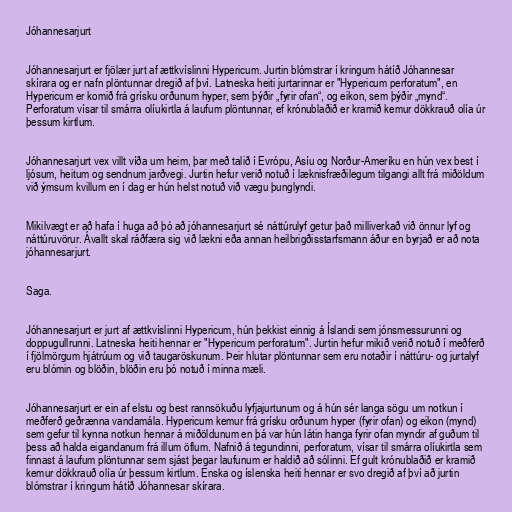
Jóhannesarjurt

Jóhannesarjurt er fjölær jurt af ættkvíslinni Hypericum. Jurtin blómstrar í kringum hátíð Jóhannesar
skírara og er nafn plöntunnar dregið af því. Latneska heiti jurtarinnar er "Hypericum perforatum", en
Hypericum er komið frá grísku orðunum hyper, sem þýðir „fyrir ofan“, og eikon, sem þýðir „mynd“.
Perforatum vísar til smárra olíukirtla á laufum plöntunnar, ef krónublaðið er kramið kemur dökkrauð olía úr
þessum kirtlum.

Jóhannesarjurt vex villt víða um heim, þar með talið í Evrópu, Asíu og Norður-Ameríku en hún vex best í
ljósum, heitum og sendnum jarðvegi. Jurtin hefur verið notuð í læknisfræðilegum tilgangi allt frá miðöldum
við ýmsum kvillum en í dag er hún helst notuð við vægu þunglyndi.

Mikilvægt er að hafa í huga að þó að jóhannesarjurt sé náttúrulyf getur það milliverkað við önnur lyf og
náttúruvörur. Ávallt skal ráðfæra sig við lækni eða annan heilbrigðisstarfsmann áður en byrjað er að nota
jóhannesarjurt.

Saga.

Jóhannesarjurt er jurt af ættkvíslinni Hypericum, hún þekkist einnig á Íslandi sem jónsmessurunni og
doppugullrunni. Latneska heiti hennar er "Hypericum perforatum". Jurtin hefur mikið verið notuð í meðferð
í fjölmörgum hjátrúum og við taugaröskunum. Þeir hlutar plöntunnar sem eru notaðir í náttúru- og jurtalyf
eru blómin og blöðin, blöðin eru þó notuð í minna mæli.

Jóhannesarjurt er ein af elstu og best rannsökuðu lyfjajurtunum og á hún sér langa sögu um notkun í
meðferð geðrænna vandamála. Hypericum kemur frá grísku orðunum hyper (fyrir ofan) og eikon (mynd)
sem gefur til kynna notkun hennar á miðöldunum en þá var hún látin hanga fyrir ofan myndir af guðum til
þess að halda eigandanum frá illum öflum. Nafnið á tegundinni, perforatum, vísar til smárra olíukirtla sem
finnast á laufum plöntunnar sem sjást þegar laufunum er haldið að sólinni. Ef gult krónublaðið er kramið
kemur dökkrauð olía úr þessum kirtlum. Enska og íslenska heiti hennar er svo dregið af því að jurtin
blómstrar í kringum hátíð Jóhannesar skírara.